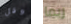
وقل ربما